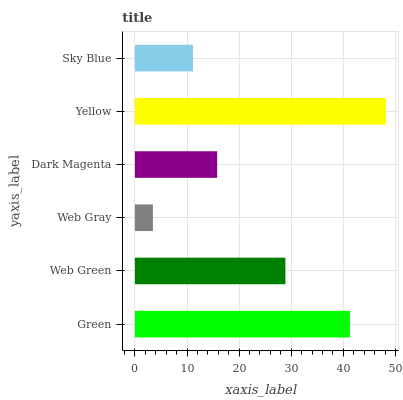
| yaxis_label | bars |
 | --- | --- |
 | Green | 41.3 |
 | Web Green | 28.9 |
 | Web Gray | 3.45 |
 | Dark Magenta | 15.8 |
 | Yellow | 48.2 |
 | Sky Blue | 11.1 |